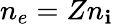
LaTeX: n_{e}=Zn_{\mathbf{i}}